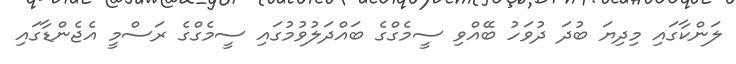
ލަންކާގައި މިދިޔަ ބުދަ ދުވަހު ބޭއްވި ސީމެގްގެ ބައްދަލުވުމުގައި ސީމެގްގެ ރަސްމީ އެޖެންޑާގައި